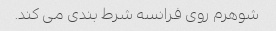
شوهرم روی فرانسه شرط بندی می کند.